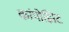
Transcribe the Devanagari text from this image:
कांपोझिट